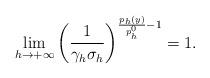
LaTeX: \begin{align*}\lim_{h \to +\infty} \left( \frac{1}{\gamma_h \sigma_h} \right)^{\frac{p_h(y)}{p_h^0} - 1} = 1.\end{align*}